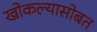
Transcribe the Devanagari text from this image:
खोकल्यासोबत